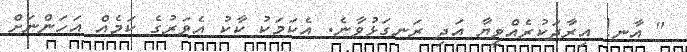
" އާނ! އިރާދަކުރެއްވީޔާ އަދި ރަނގަޅުވާނެ. އެކަމަކު ކާކު އެވަރުގެ ކަމެއް އަހަންނަށް